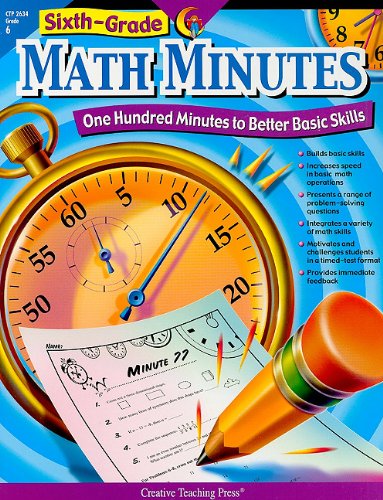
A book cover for Sixth Grade Math Minutes; Doug Stoffel; Science & Math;